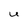
Character: U